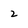
Character: 2